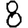
Digit: 8